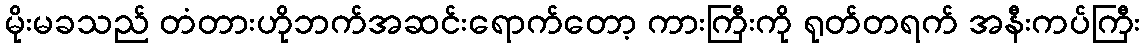
မိုးမခသည် တံတားဟိုဘက်အဆင်းရောက်တော့ ကားကြီးကို ရုတ်တရက် အနီးကပ်ကြီး